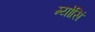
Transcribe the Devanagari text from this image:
म्योसिं